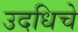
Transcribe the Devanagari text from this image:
उदधिचे